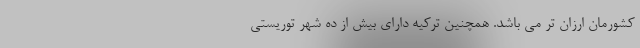
کشورمان ارزان تر می باشد. همچنین ترکیه دارای بیش از ده شهر توریستی